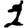
Digit: 1